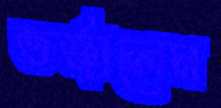
তর্জালেম